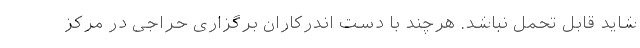
شاید قابل تحمل نباشد. هرچند با دست اندرکاران برگزاری حراجی در مرکز